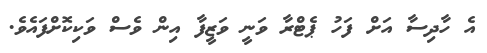
އެ ހާދިސާ އަށް ފަހު ޕެޓްރާ ވަނީ ވަޒީފާ އިން ވެސް ވަކިކޮށްފައެވެ.